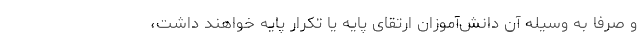
و صرفا به وسیله آن دانش‌آموزان ارتقای پایه یا تکرار پایه خواهند داشت،